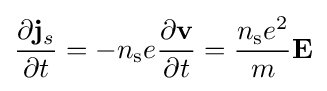
{\frac {\partial \mathbf {j} _{s}}{\partial t}}=-n_{\rm {s}}e{\frac {\partial \mathbf {v} }{\partial t}}={\frac {n_{\rm {s}}e^{2}}{m}}\mathbf {E}